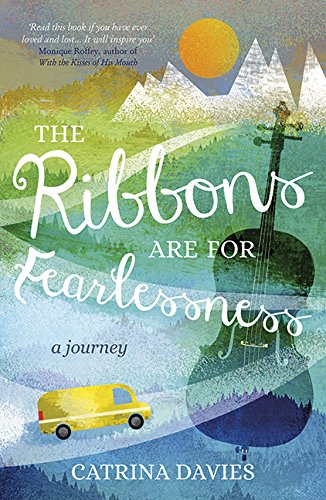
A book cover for The Ribbons Are for Fearlessness: My Journey from Norway to Portugal beneath the Midnight Sun; Catrina Davies; Biographies & Memoirs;